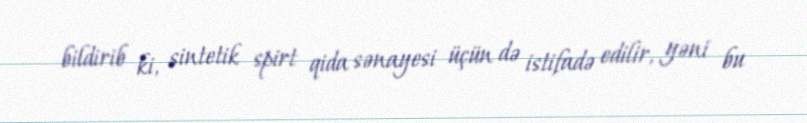
bildirib ki, sintetik spirt qida sənayesi üçün də istifadə edilir, yəni bu